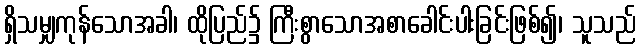
ရှိသမျှကုန်သောအခါ၊ ထိုပြည်၌ ကြီးစွာသောအစာခေါင်းပါးခြင်းဖြစ်၍၊ သူသည်